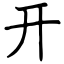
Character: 开